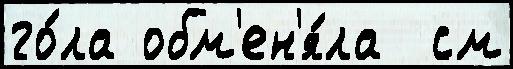
го́ла обм'ен'я́ла  см